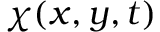
\chi ( x , y , t )